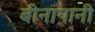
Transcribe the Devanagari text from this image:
बीनापानी